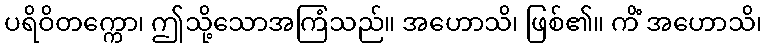
ပရိဝိတက္ကော၊ ဤသို့သောအကြံသည်။ အဟောသိ၊ ဖြစ်၏။ ကိံ အဟောသိ၊